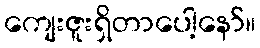
ကျေးဇူးရှိတာပေါ့နော်။